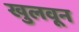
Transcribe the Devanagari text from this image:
खुलवून